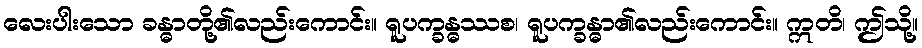
လေးပါးသော ခန္ဓာတို့၏လည်းကောင်း။ ရူပက္ခန္ဓဿစ၊ ရူပက္ခန္ဓာ၏လည်းကောင်း။ ဣတိ၊ ဤသို့။